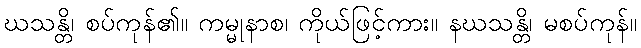
ဃသန္တိ၊ စပ်ကုန်၏။ ကမ္မုနာစ၊ ကိုယ်ဖြင့်ကား။ နဃသန္တိ၊ မစပ်ကုန်။